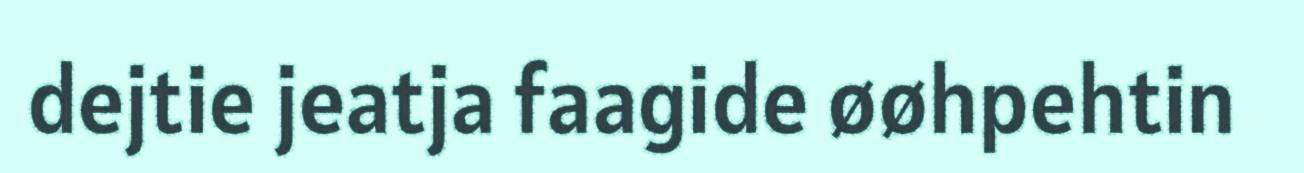
dejtie jeatja faagide øøhpehtin